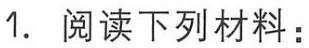
1. 阅读下列材料：